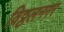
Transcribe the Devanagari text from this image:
विठ्ठलनगर